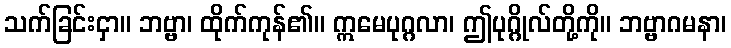
သက်ခြင်းငှာ။ ဘဗ္ဗာ၊ ထိုက်ကုန်၏။ ဣမေပုဂ္ဂလာ၊ ဤပုဂ္ဂိုလ်တို့ကို။ ဘဗ္ဗာဂမနာ၊